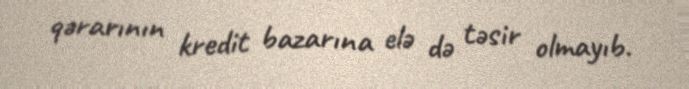
qərarının kredit bazarına elə də təsir olmayıb.